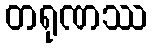
တရုဏဿ